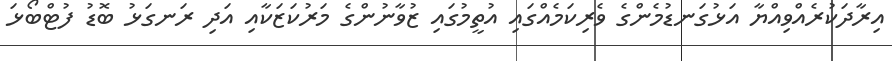
އިރާދަކުރެއްވިއްޔާ އަޅުގަނޑުމެންގެ ވެރިކަމެއްގައި އުތީމުގައި ޒުވާނުންގެ މަރުކަޒަކާއި އަދި ރަނގަޅު ބޮޑު ފުޓްބޯޅަ